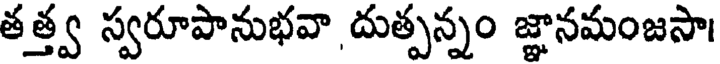
తత్త్వ స్వరూపానుభవా దుత్పన్నం జ్ఞానమంజసా।